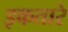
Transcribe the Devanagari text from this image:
इकतारे